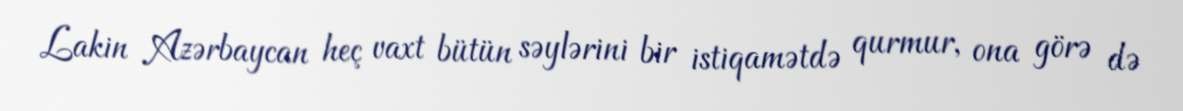
Lakin Azərbaycan heç vaxt bütün səylərini bir istiqamətdə qurmur, ona görə də